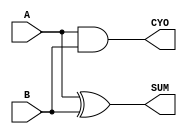
//--------------------------------------------------------------------------------------------
//
// Generated by X-HDL VHDL Translator - Version 2.0.0 Feb. 1, 2011
// ?? 1? 12 2021 15:54:45
//
//      Input file      : 
//      Component name  : half_adder
//      Author          : 
//      Company         : 
//
//      Description     : 
//
//
//--------------------------------------------------------------------------------------------


module half_adder(A, B, SUM, CYO);
	input   A;
	input   B;
	output  SUM;
	output  CYO;

	assign SUM = A ^ B;
	assign CYO = A & B;
   
endmodule

module half_adder_tb;
	reg A,B;		// input
	wire SUM,CYO;	// output

	half_adder U1( .A(A), .B(B), .SUM(SUM), .CYO(CYO));

	initial begin
		$monitor("A = %b , B = %b , SUM = %b , CYO = %b",A,B,SUM,CYO);
		#10 A=0; B=0;	// SUM=0, CYO=0
		#10 A=0; B=1;	// SUM=1, CYO=0
		#10 A=1; B=0;	// SUM=1, CYO=0
		#10 A=1; B=1;	// SUM=0, CYO=1
	end

endmodule